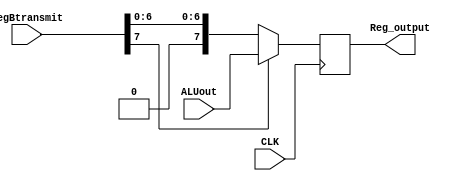
`timescale 1ns / 1ps
//////////////////////////////////////////////////////////////////////////////////
// Company: 
// Engineer: 
// 
// Design Name: 
// Module Name: outputregister
// Project Name: 
// Target Devices: 
// Tool Versions: 
// Description: 
// 
// Dependencies: 
// 
// Revision:
// Revision 0.01 - File Created
// Additional Comments:
// 
//////////////////////////////////////////////////////////////////////////////////


module outputregister(
    input CLK,
    input [7:0]ALUout,
    input [7:0]regBtransmit,
    output reg [7:0] Reg_output// forget reg& it's an array.:(
    );
    always @(posedge CLK ) 
    begin
        if(regBtransmit[7] == 0)Reg_output <= regBtransmit;
        else Reg_output <= ALUout;
        //Reg_output <= 8'b11111111;
    end
endmodule